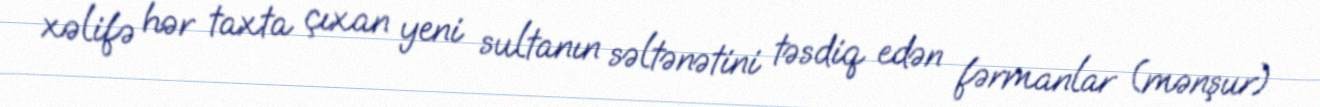
xəlifə hər taxta çıxan yeni sultanın səltənətini təsdiq edən fərmanlar (mənşur)